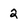
Character: 2